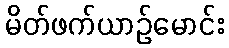
မိတ်ဖက်ယာဉ်မောင်း